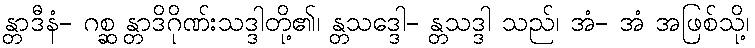
န္တာဒီနံ- ဂစ္ဆ န္တာဒိဂိုဏ်းသဒ္ဒါတို့၏၊ န္တသဒ္ဒေါ- န္တသဒ္ဒါ သည်၊ အံ- အံ အဖြစ်သို့၊